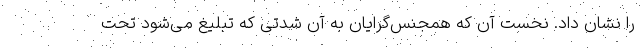
را نشان داد. نخست آن که همجنس‌گرایان به آن شدتی که تبلیغ می‌شود تحت